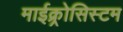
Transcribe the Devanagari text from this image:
माईक्र्रोसिस्टम